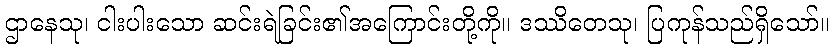
ဌာနေသု၊ ငါးပါးသော ဆင်းရဲခြင်း၏အကြောင်းတို့ကို။ ဒဿိတေသု၊ ပြကုန်သည်ရှိသော်။